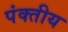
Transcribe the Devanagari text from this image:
पंक्तीय